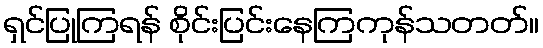
ရှင်ပြုကြရန် စိုင်းပြင်းနေကြကုန်သတတ်။